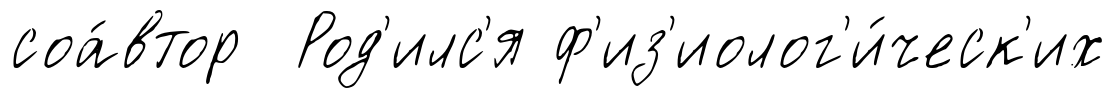
соа́втор Род'илс'я ф'из'иолог'и́ческ'их